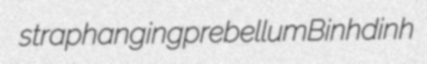
straphanging prebellum Binhdinh